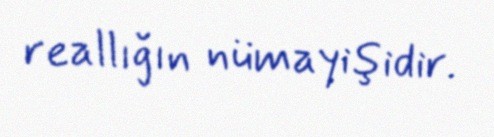
reallığın nümayişidir.